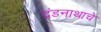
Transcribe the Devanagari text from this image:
दंडनाथाचे